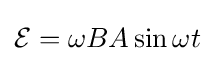
{\mathcal {E}}=\omega BA\sin \omega t